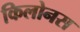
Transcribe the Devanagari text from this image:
किलोनस